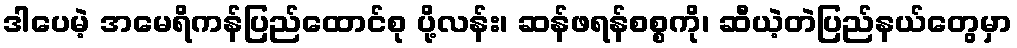
ဒါပေမဲ့ အမေရိကန်ပြည်ထောင်စု ပို့လန်း၊ ဆန်ဖရန်စစ္စကို၊ ဆီယဲ့တဲပြည်နယ်တွေမှာ